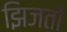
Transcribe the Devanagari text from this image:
झिजतो